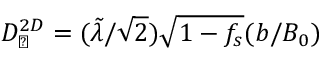
D _ { \perp } ^ { 2 D } = ( \tilde { \lambda } / \sqrt { 2 } ) \sqrt { 1 - f _ { s } } ( b / B _ { 0 } )